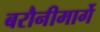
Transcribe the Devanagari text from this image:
बरौनीमार्गे